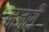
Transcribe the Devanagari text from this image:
नजरी